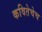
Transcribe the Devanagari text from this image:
कवितेचेच